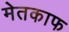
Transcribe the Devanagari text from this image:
मेतकाफ